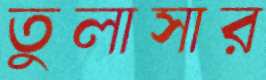
তুলাসার